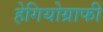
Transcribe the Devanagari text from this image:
हेगियोग्राफी